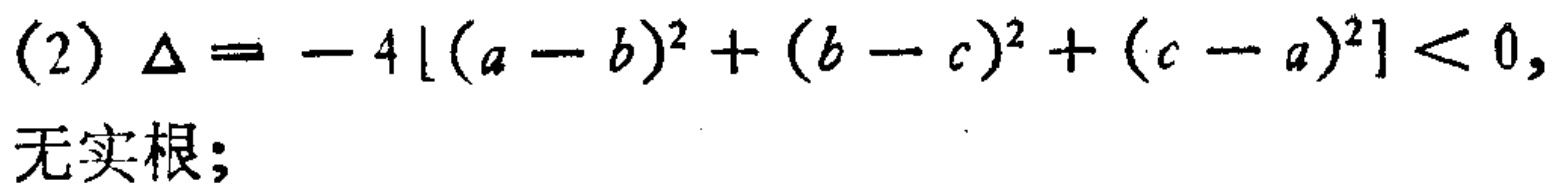
(2) $\Delta = - 4\left[(a - b)^{2}+(b - c)^{2}+(c - a)^{2}\right]<0,$
无实根;